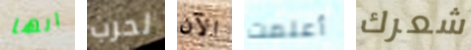
انها لحرب الآن أعلمت شعرك